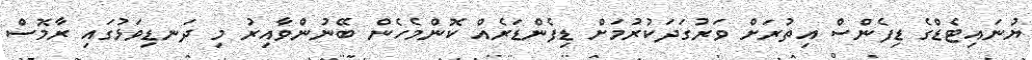
ޔުނައިޓެޑްގެ ޑިފެންސް އިތުރަށް ވަރުގަދަކުރުމަށް ޑިފެންޑަރެއް ކޮންމެހެން ބޭނުންވާއިރު މި ދަނޑިވަޅުގައި ރާމޮސް